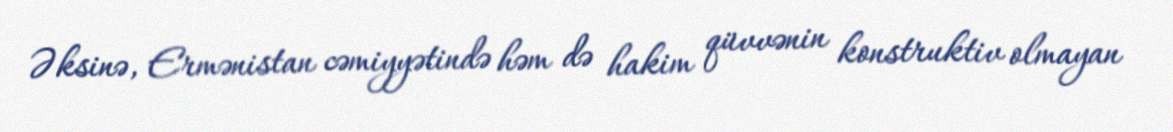
Əksinə, Ermənistan cəmiyyətində həm də hakim qüvvənin konstruktiv olmayan